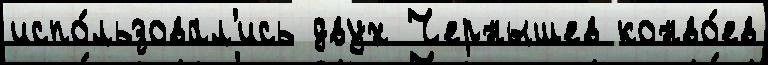
испо́льзовал'ись двух Чернышев конво́ев